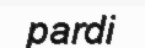
pardi